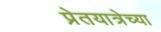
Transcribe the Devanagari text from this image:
प्रेतयात्रेच्या